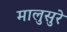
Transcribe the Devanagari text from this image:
मालुसुरे